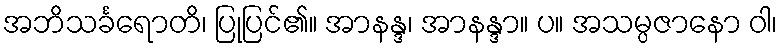
အဘိသင်္ခရောတိ၊ ပြုပြင်၏။ အာနန္ဒ၊ အာနန္ဒာ။ ပ။ အသမ္ပဇာနော ဝါ၊